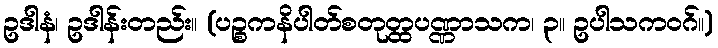
ဥဒါနံ၊ ဥဒါန်းတည်း။ (ပဉ္စကနိပါတ်စတုတ္ထပဏ္ဏာသက၊ ၃။ ဥပါသကဝဂ်။)